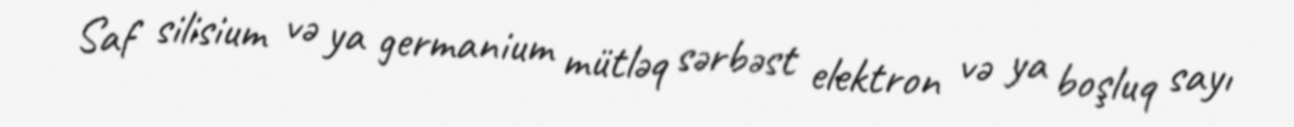
Saf silisium və ya germanium mütləq sərbəst elektron və ya boşluq sayı